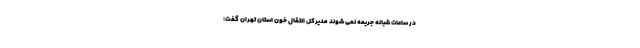
در ساعات شبانه جریمه نمی ‌شوند مدیرکل انتقال خون استان تهران گفت: